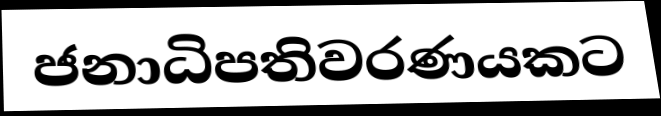
ජනාධිපතිවරණයකට